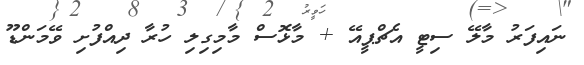
ނައިފަރު މާލޭ ސިޓީ އެޗްޕީއޭ + މާޅޮސް މާމިގިލި ހުރާ ދިއްފުށި ވޭމަންޑޫ